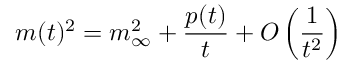
m ( t ) ^ { 2 } = m _ { \infty } ^ { 2 } + \frac { p ( t ) } { t } + O \left( \frac { 1 } { t ^ { 2 } } \right)